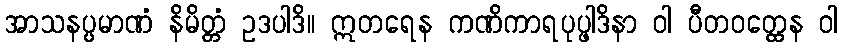
အာသနပ္ပမာဏံ နိမိတ္တံ ဥဒပါဒိ။ ဣတရေန ကဏိကာရပုပ္ဖါဒိနာ ဝါ ပီတဝတ္ထေန ဝါ